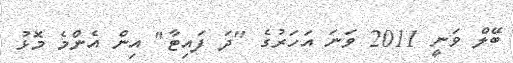
ބޭލް ވަނީ 2011 ވަނަ އަހަރުގެ "ދަ ފައިޓާ" އިން އެންމެ މޮޅު